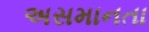
અસમાનતા